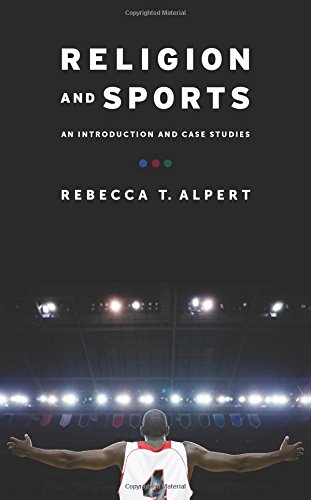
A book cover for Religion and Sports: An Introduction and Case Studies; Rebecca T. Alpert; Sports & Outdoors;